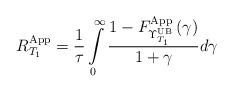
LaTeX: \begin{align*}R_{{T_1}}^{{\rm{App}}} = \frac{1}{\tau }\int\limits_0^\infty {\frac{{1 - F_{\Upsilon _{{T_1}}^{\rm{UB}}}^{{\rm{App}}}\left( \gamma \right)}}{{1 + \gamma }}} d\gamma\end{align*}